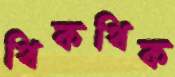
থিকথিক